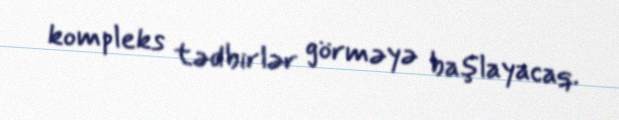
kompleks tədbirlər görməyə başlayacaq.